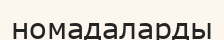
номадаларды